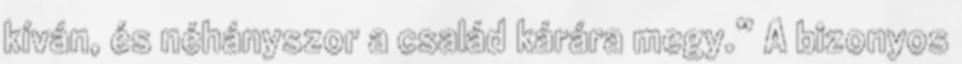
kíván, és néhányszor a család kárára megy.” A bizonyos